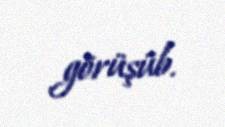
görüşüb.